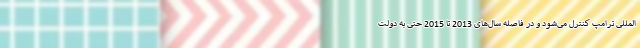
المللی ترامپ کنترل می‌شود و در فاصله سال‌های 2013 تا 2015 حتی به دولت